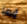
إنها